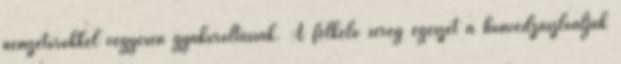
nemzetőrökkel vegyesen gyakoroltassák. A felkelő sereg egészét a honvédzászlóaljak